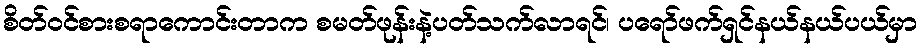
စိတ်ဝင်စားစရာကောင်းတာက စမတ်ဖုန်းနဲ့ပတ်သက်လာရင်၊ ပရော်ဖက်ရှင်နယ်နယ်ပယ်မှာ